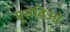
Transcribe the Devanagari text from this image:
यूसेबिओ